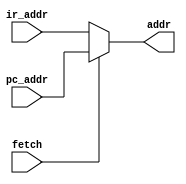
module addr_fetch(
    fetch,
    pc_addr,
    ir_addr,
    addr
);

input fetch;
input [12:0]pc_addr;
input [12:0]ir_addr;
output [12:0]addr;

assign addr = fetch ? pc_addr : ir_addr;

endmodule